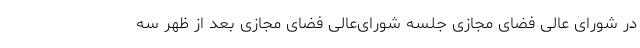
در شورای عالی فضای مجازی جلسه شورای‌عالی فضای مجازی بعد از ظهر سه